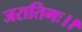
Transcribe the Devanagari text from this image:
जरातिगः।।